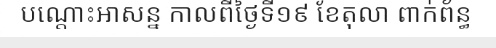
បណ្តោះអាសន្ន កាលពីថ្ងៃទី១៩ ខែតុលា ពាក់ព័ន្ធ